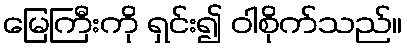
မြေကြီးကို ရှင်း၍ ဝါစိုက်သည်။